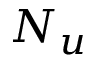
N _ { u }